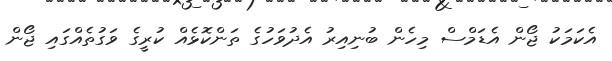
އެކަމަކު ޖޯން އެޑަމްސް މިހެން ބުނިއިރު އެދުވަހުގެ ތަންކޮޅެއް ކުރީގެ ވަގުތެއްގައި ޖޯން